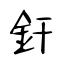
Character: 釬